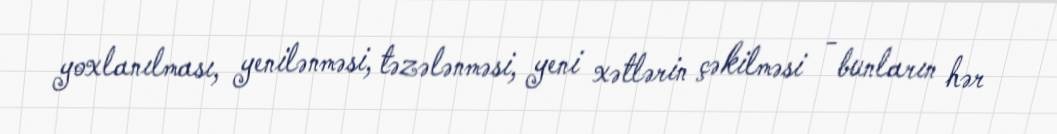
yoxlanılması, yenilənməsi, təzələnməsi, yeni xətlərin çəkilməsi - bunların hər